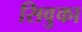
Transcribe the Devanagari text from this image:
सिवुका